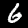
Label: 6